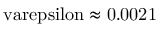
\mathrm { \ v a r e p s i l o n \approx 0 . 0 0 2 1 }